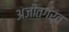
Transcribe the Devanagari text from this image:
अजीतगर्त